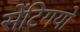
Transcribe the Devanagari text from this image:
सेंटिगयो